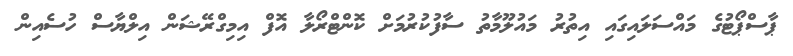
ޕާސްޕޯޓުގެ މައްސަލައިގައި އިތުރު މައުލޫމާތު ސާފުކުރުމަށް ކޮންޓްރޯލާ އޮފް އިމިގްރޭޝަން އިލްޔާސް ހުސެއިން